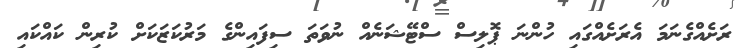
ރަށެއްގެނަމަ އެރަށެއްގައި ހުންނަ ޕޮލިސް ސްޓޭޝަނެއް ނުވަތަ ސިފައިންގެ މަރުކަޒަކަށް ކުރިން ކައްކައި